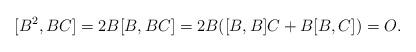
LaTeX: \begin{align*}[B^2, BC] = 2 B [B, BC] = 2 B ([B, B] C + B[B, C]) = O.\end{align*}